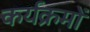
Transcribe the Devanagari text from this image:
कर्यक्रमों